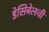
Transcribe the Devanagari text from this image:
डेसिबेलची